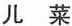
儿 菜